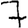
Digit: 7